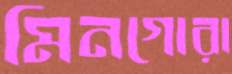
মিনগোরা